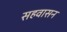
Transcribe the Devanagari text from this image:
सहवासन